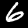
Digit: 6